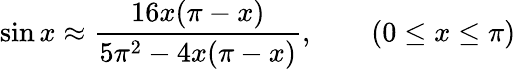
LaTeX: \sin x\approx{\frac{16x(\pi-x)}{5\pi^{2}-4x(\pi-x)}},\qquad(0\leq x\leq\pi)